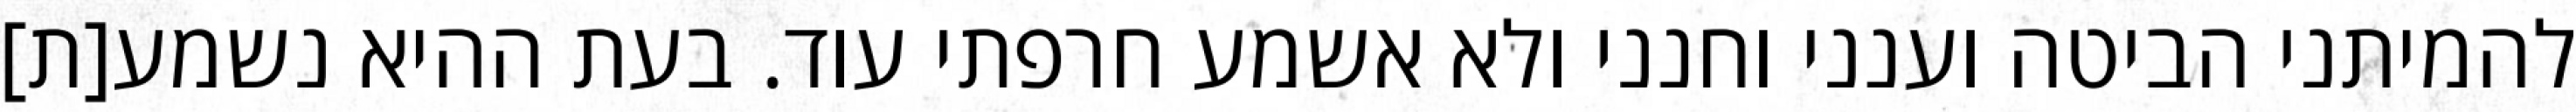
להמיתני הביטה וענני וחנני ולא אשמע חרפתי עוד. בעת ההיא נשמע[ת]